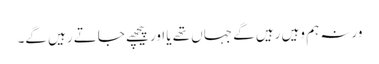
ورنہ ہم وہیں رہیں گے جہاں تھے یا اور پیچھے جاتے رہیں گے۔